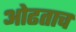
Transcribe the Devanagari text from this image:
ओढताच